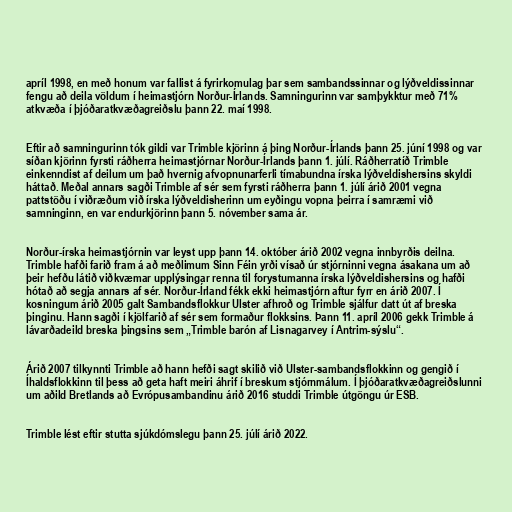
apríl 1998, en með honum var fallist á fyrirkomulag þar sem sambandssinnar og lýðveldissinnar
fengu að deila völdum í heimastjórn Norður-Írlands. Samningurinn var samþykktur með 71%
atkvæða í þjóðaratkvæðagreiðslu þann 22. maí 1998.

Eftir að samningurinn tók gildi var Trimble kjörinn á þing Norður-Írlands þann 25. júní 1998 og var
síðan kjörinn fyrsti ráðherra heimastjórnar Norður-Írlands þann 1. júlí. Ráðherratíð Trimble
einkenndist af deilum um það hvernig afvopnunarferli tímabundna írska lýðveldishersins skyldi
háttað. Meðal annars sagði Trimble af sér sem fyrsti ráðherra þann 1. júlí árið 2001 vegna
pattstöðu í viðræðum við írska lýðveldisherinn um eyðingu vopna þeirra í samræmi við
samninginn, en var endurkjörinn þann 5. nóvember sama ár.

Norður-írska heimastjórnin var leyst upp þann 14. október árið 2002 vegna innbyrðis deilna.
Trimble hafði farið fram á að meðlimum Sinn Féin yrði vísað úr stjórninni vegna ásakana um að
þeir hefðu látið viðkvæmar upplýsingar renna til forystumanna írska lýðveldishersins og hafði
hótað að segja annars af sér. Norður-Írland fékk ekki heimastjórn aftur fyrr en árið 2007. Í
kosningum árið 2005 galt Sambandsflokkur Ulster afhroð og Trimble sjálfur datt út af breska
þinginu. Hann sagði í kjölfarið af sér sem formaður flokksins. Þann 11. apríl 2006 gekk Trimble á
lávarðadeild breska þingsins sem „Trimble barón af Lisnagarvey í Antrim-sýslu“.

Árið 2007 tilkynnti Trimble að hann hefði sagt skilið við Ulster-sambandsflokkinn og gengið í
Íhaldsflokkinn til þess að geta haft meiri áhrif í breskum stjórnmálum. Í þjóðaratkvæðagreiðslunni
um aðild Bretlands að Evrópusambandinu árið 2016 studdi Trimble útgöngu úr ESB.

Trimble lést eftir stutta sjúkdómslegu þann 25. júlí árið 2022.